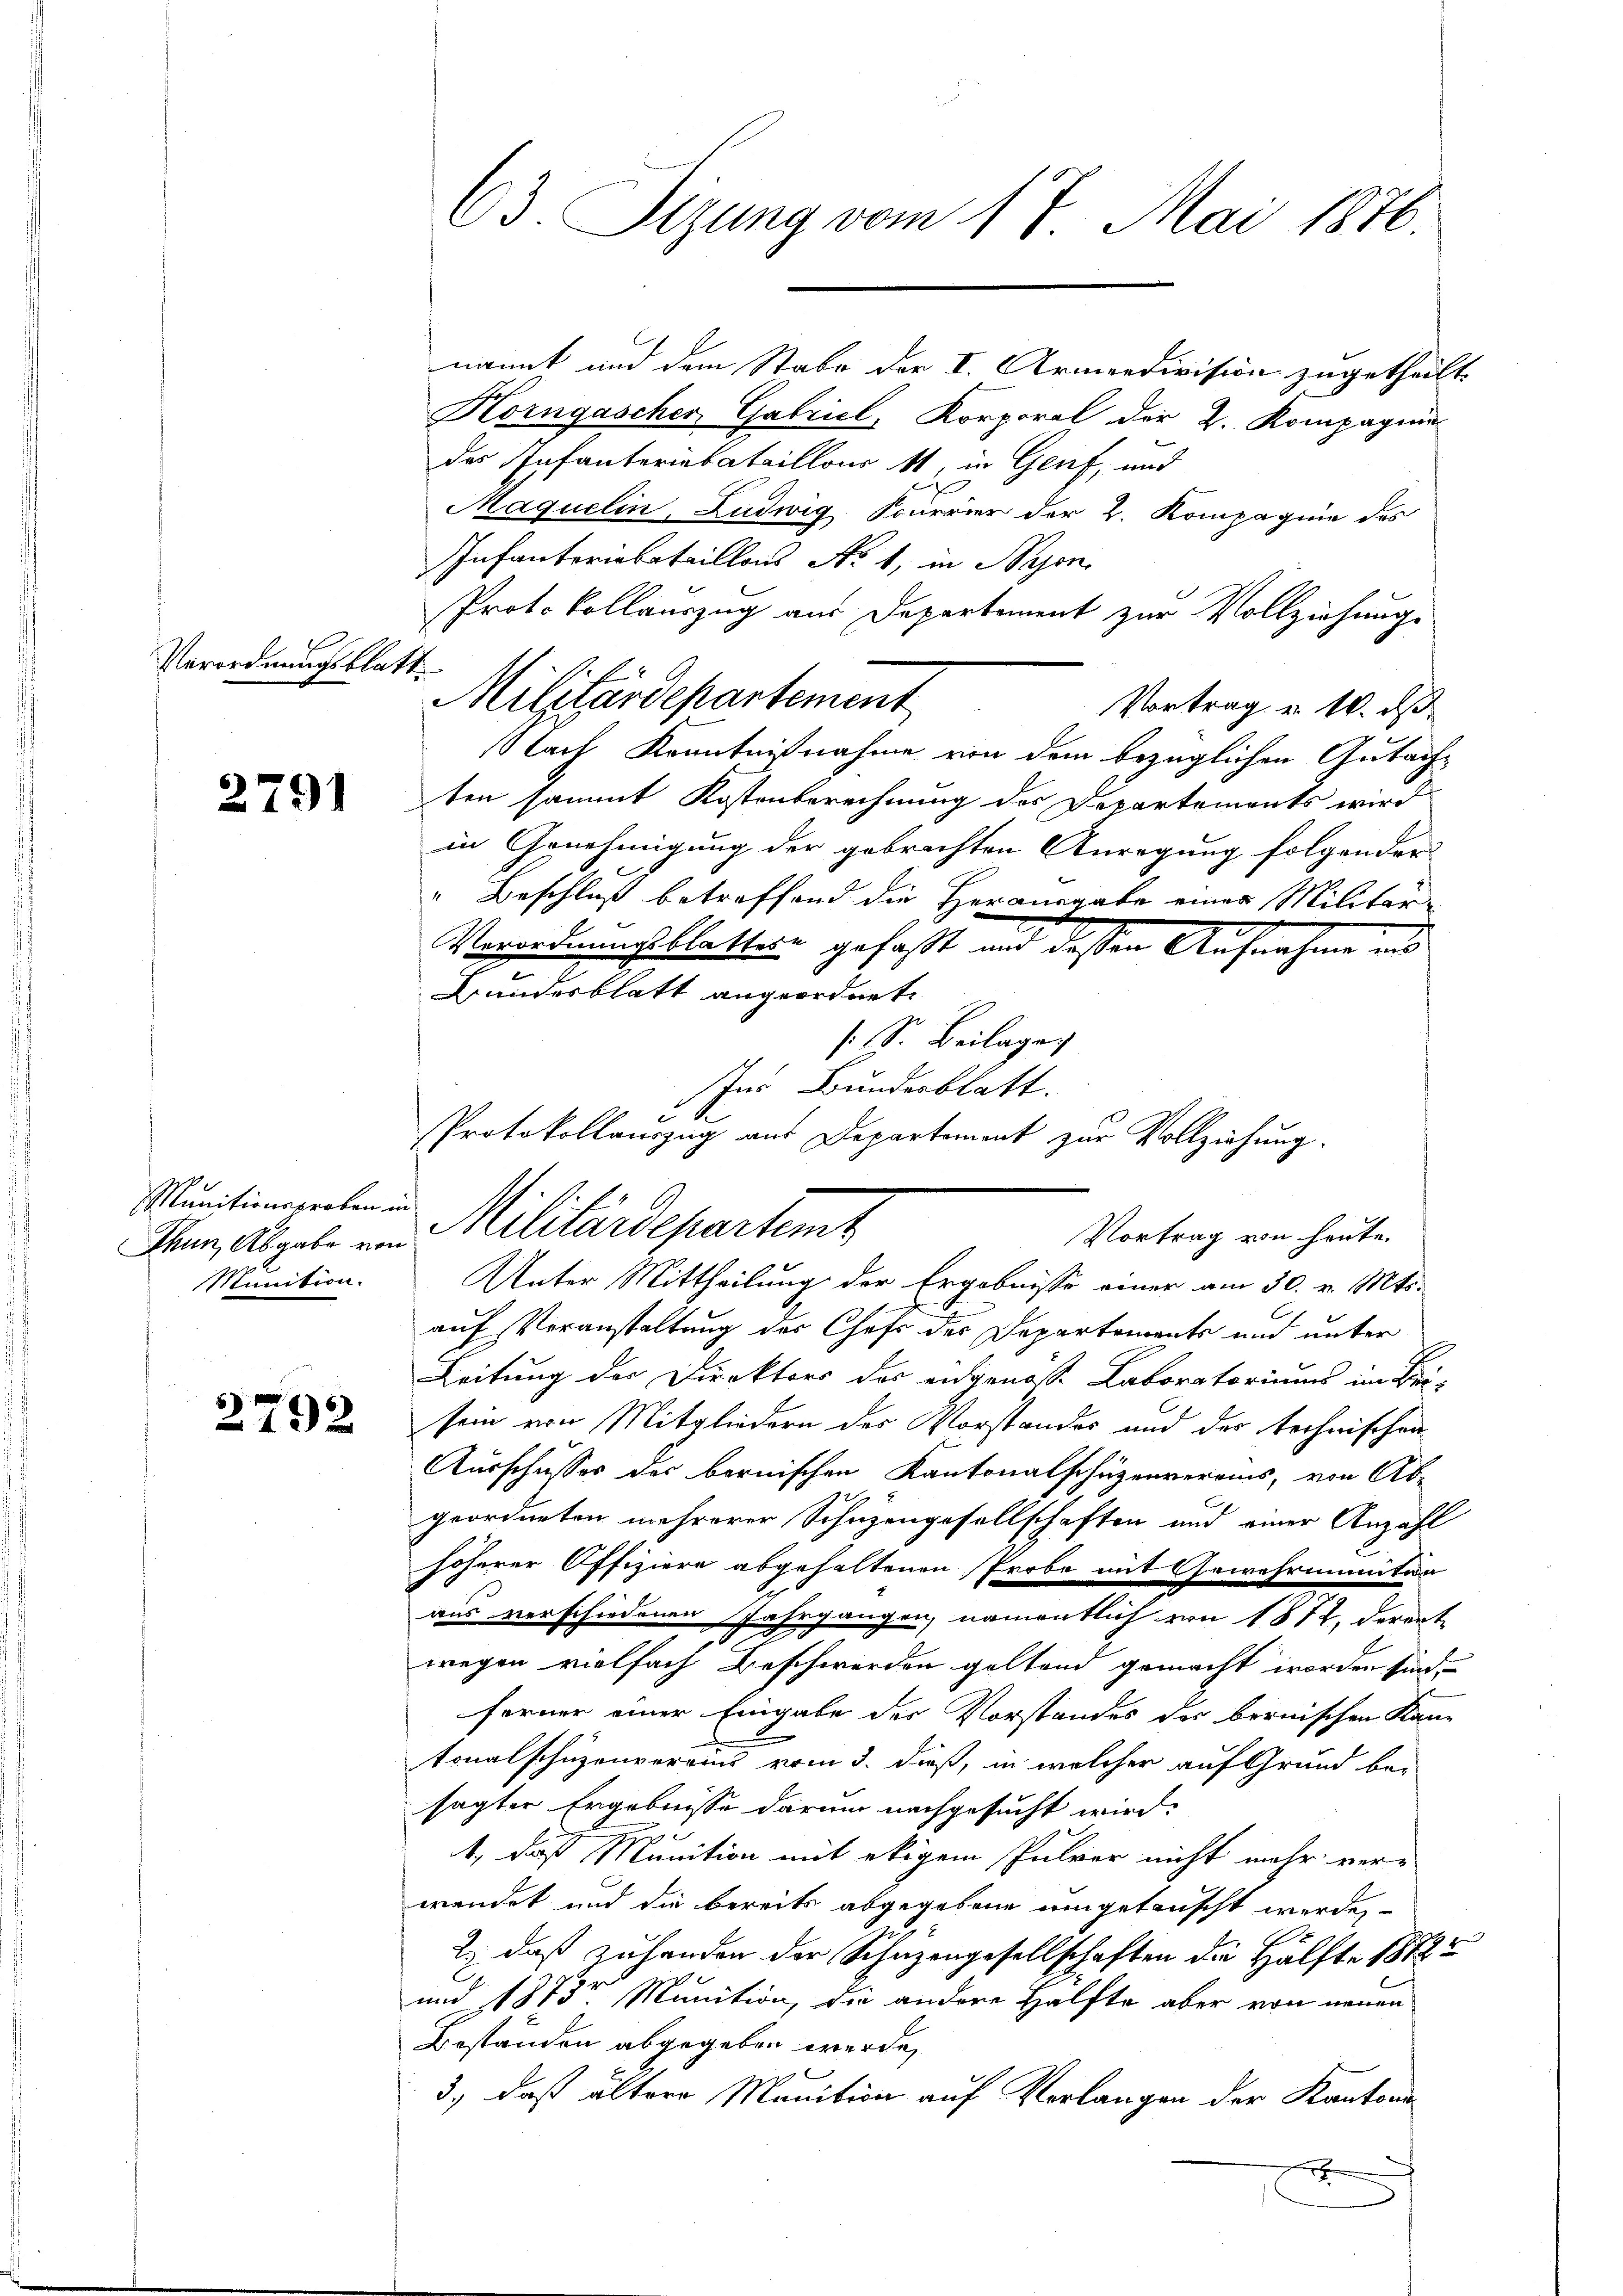
Verordnungsblatt

2791

Munitionsgraben in
Munition.

2792

63. Sizung vom 17. Mai 1876

nannt und dem Stabe der I. Armeedivision zugetheilt.
Korngascher Gabriel, Korporal der 2. Kompagnie
des Infanteriebataillons 11, in Genf, und
Maquelin, Ludwig Souerier der 2. Kompagnie des
Infantoribataillons No 1, in Beson
Protokollauszug aus Departement zur Vollziehung.
Vortrag u. 10. ds.
NNach Kenntnißnahme von dem bezüglichen Gutachten sammt Kostenberechnung des Departements wird
in Genehmigung der gebrachten Anregung folgender
" Beschluß betreffend die Herausgabe einer Militar-
Verirdienstblatten gefaßt und dessen Aufnahme an
Bundesblatt angeordnete
s. S. Beilage.
Ins Bundesblatt.
Protokollauszug aus Departement zur Vollziehung.

Militärdepartement

Then Abgabe von Militärdepartemt
Vortrag von heute.

Unter Mittheilung der Ergebnisse einer am 30. v. Mts.
auf Veranstaltung des Chefs des Departements und unter
Leitung der Direktors der angenosse Laboratoriums im Bei-
sein von Mitgliedern der Vorstandes und der technischen
Ausschusses des bernischen Kantonalschüzenverains, von Abgeordneten mehrerer Schüzengesellschaften und einer Anzahl
höherer Offiziere abgehaltenen Probe mit Gewehrmunten
aus verschiedenen Jahrgangen, namentlich von 1872, derent
wegen vielfach Beschwerden geltend gemacht worden sind.
ferner einer Eingabe der Vorstandes der bernischen Kantonalschüzenverains vom 3. dieß, in welcher auf Grund be-
sagter Ergebnisse darum nachgesucht wird.
g
1., daß Munition mit etigem Pulver nicht mehr ver-
wendet und die bereits abgegebene umgetauscht werde,
.
2., daß zuhanden der Schutzengesellschaften die Hälfte 1882
und 1873r Munition, die andere Hälfte aber von neuen
Beständen abgegeben werde,
3., daß ältere Manition auf Verlangen der Kantons¬
.